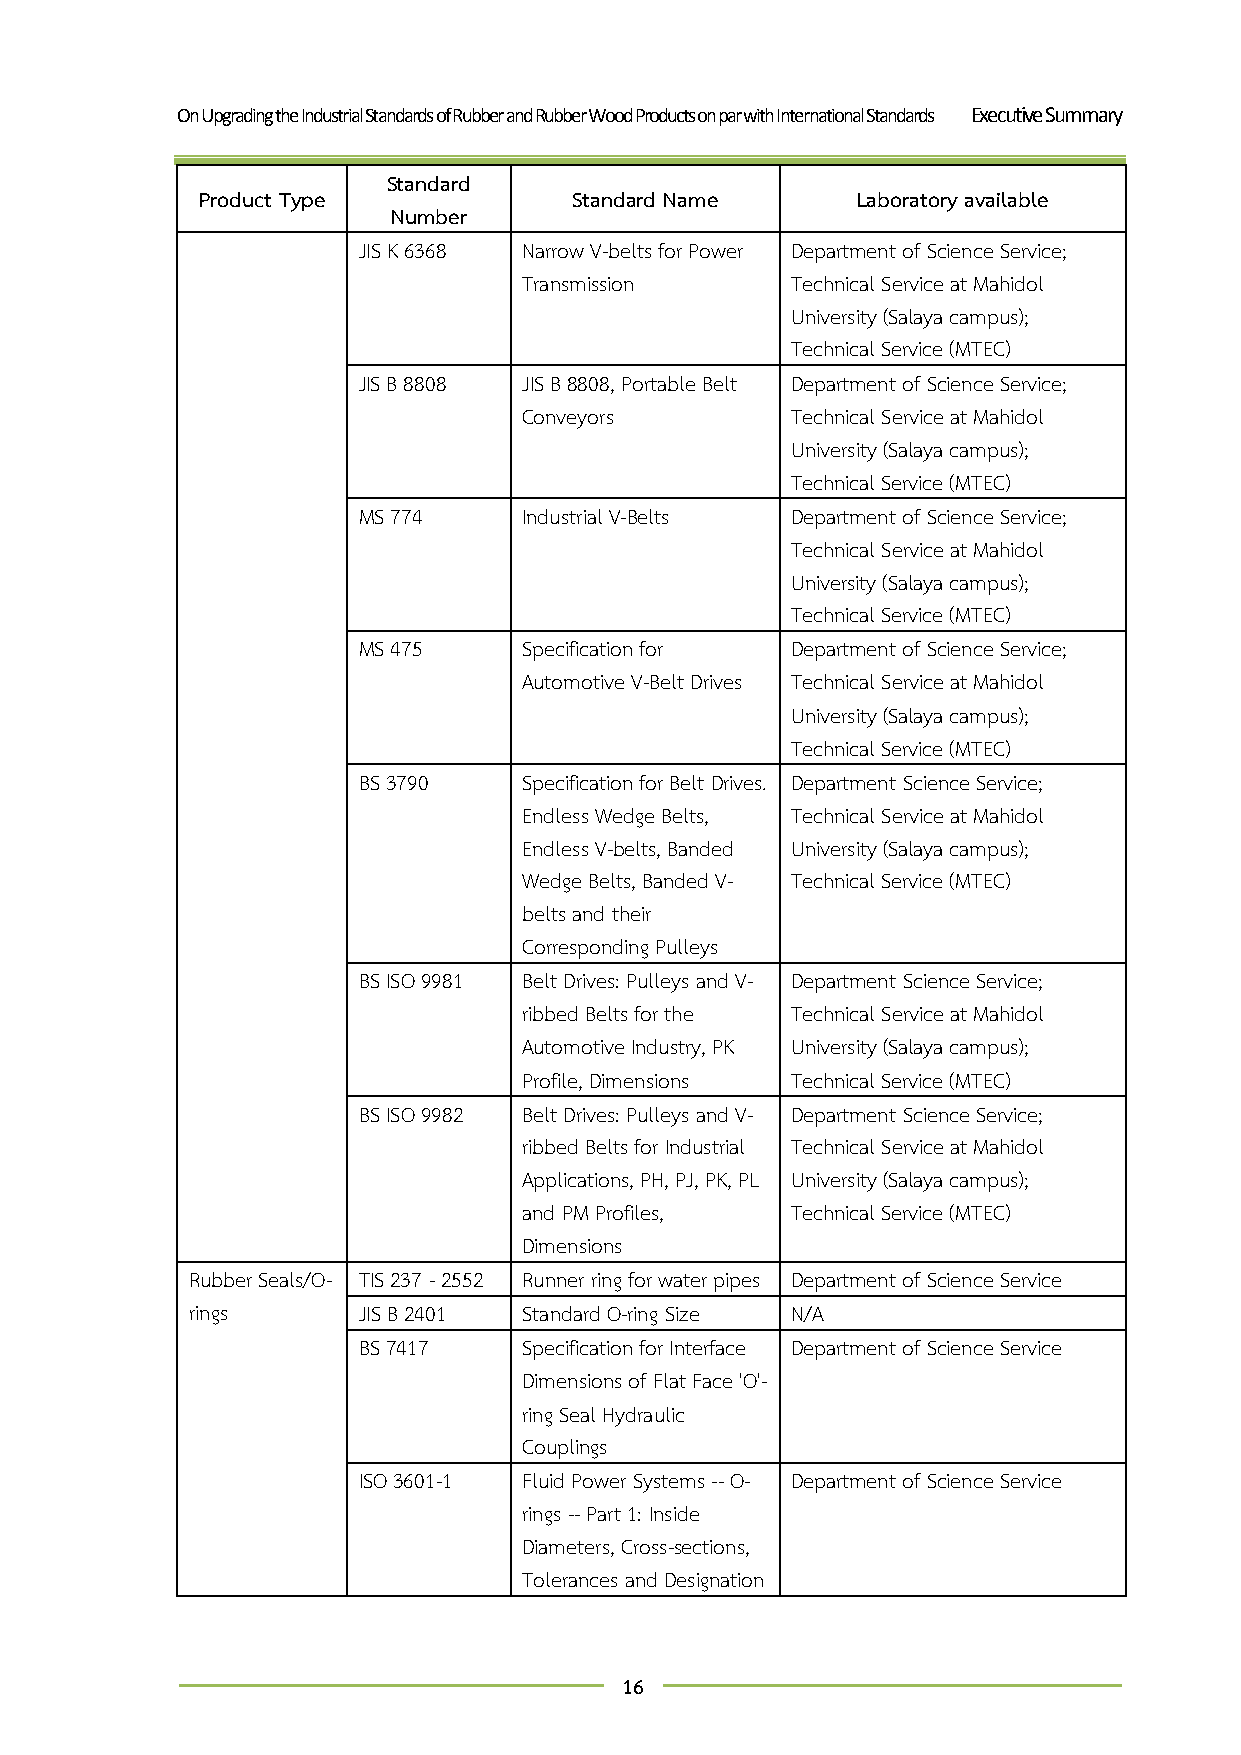
On Upgrading the Industrial Standards of Rubber and Rubber Wood Products on par with International Standards Executive Summary
 Standard
 Product Type             Standard Name      Laboratory available
 Number
 JIS K 6368 Narrow V-belts for Power Department of Science Service;
 Transmission     Technical Service at Mahidol
 University (Salaya campus);
 Technical Service (MTEC)
 JIS B 8808 JIS B 8808, Portable Belt Department of Science Service;
 Conveyors        Technical Service at Mahidol
 University (Salaya campus);
 Technical Service (MTEC)
 MS 774     Industrial V-Belts Department of Science Service;
 Technical Service at Mahidol
 University (Salaya campus);
 Technical Service (MTEC)
 MS 475     Specification for Department of Science Service;
 Automotive V-Belt Drives Technical Service at Mahidol
 University (Salaya campus);
 Technical Service (MTEC)
 BS 3790    Specification for Belt Drives. Department Science Service;
 Endless Wedge Belts, Technical Service at Mahidol
 Endless V-belts, Banded University (Salaya campus);
 Wedge Belts, Banded V- Technical Service (MTEC)
 belts and their
 Corresponding Pulleys
 BS ISO 9981 Belt Drives: Pulleys and V- Department Science Service;
 ribbed Belts for the Technical Service at Mahidol
 Automotive Industry, PK University (Salaya campus);
 Profile, Dimensions Technical Service (MTEC)
 BS ISO 9982 Belt Drives: Pulleys and V- Department Science Service;
 ribbed Belts for Industrial Technical Service at Mahidol
 Applications, PH, PJ, PK, PL University (Salaya campus);
 and PM Profiles, Technical Service (MTEC)
 Dimensions
 Rubber Seals/O- TIS 237 - 2552 Runner ring for water pipes Department of Science Service
 rings       JIS B 2401 Standard O-ring Size N/A
 BS 7417    Specification for Interface Department of Science Service
 Dimensions of Flat Face 'O'-
 ring Seal Hydraulic
 Couplings
 ISO 3601-1 Fluid Power Systems -- O- Department of Science Service
 rings -- Part 1: Inside
 Diameters, Cross-sections,
 Tolerances and Designation
 16